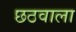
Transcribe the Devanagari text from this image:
छठवाला